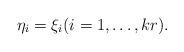
LaTeX: \begin{align*} \eta_i = \xi_i (i = 1, \dots, k r). \end{align*}